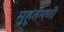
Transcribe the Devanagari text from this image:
मुहूर्तमणी